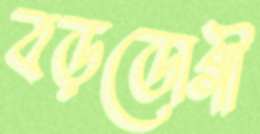
বড়ডোগী